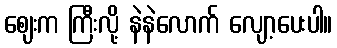
ဈေးက ကြီးလို့ နဲနဲလောက် လျော့ပေးပါ။